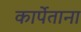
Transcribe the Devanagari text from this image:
कार्पेताना